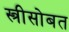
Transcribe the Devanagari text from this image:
स्त्रीसोबत